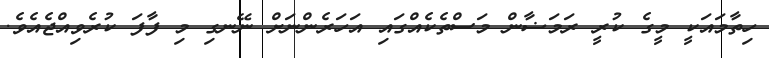
ހިތާމައަކީ މީގެ ކުރީ ރަމަޟާން މަސްތެކެއްގައި އަހަރެންނަށް ނޭނގި މި ފާފަ ކުރެވިއްޖެއެވެ.